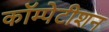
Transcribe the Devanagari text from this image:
कॉम्पेटीशन